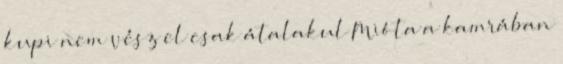
kupi nem vész el csak átalakul Mióta a kamrában